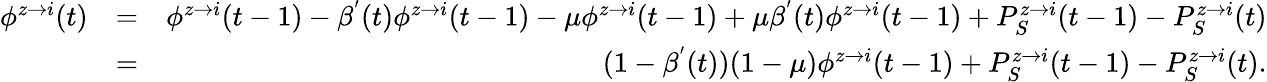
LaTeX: \begin{array}{rlr}{\phi^{z\rightarrow i}(t)}&{=}&{\phi^{z\rightarrow i}(t-1)-\beta^{'}(t)\phi^{z\rightarrow i}(t-1)-\mu\phi^{z\rightarrow i}(t-1)+\mu\beta^{'}(t)\phi^{z\rightarrow i}(t-1)+P_{S}^{z\rightarrow i}(t-1)-P_{S}^{z\rightarrow i}(t)}\\ &{=}&{(1-\beta^{'}(t))(1-\mu)\phi^{z\rightarrow i}(t-1)+P_{S}^{z\rightarrow i}(t-1)-P_{S}^{z\rightarrow i}(t).}\end{array}